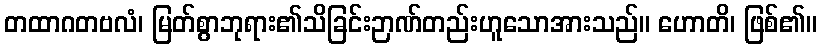
တထာဂတဗလံ၊ မြတ်စွာဘုရား၏သိခြင်းဉာဏ်တည်းဟူသောအားသည်။ ဟောတိ၊ ဖြစ်၏။